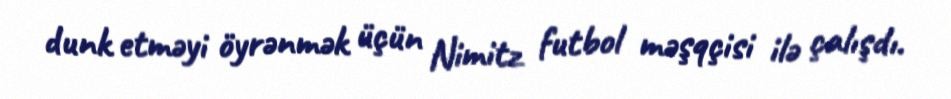
dunk etməyi öyrənmək üçün Nimitz futbol məşqçisi ilə çalışdı.